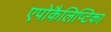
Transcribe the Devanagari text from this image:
एपोकैलिप्टिका